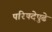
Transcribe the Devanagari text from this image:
परिषदेपुढे